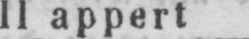
II appert